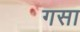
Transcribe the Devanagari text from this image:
गसा